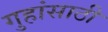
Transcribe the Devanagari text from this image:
गुहांसाठी